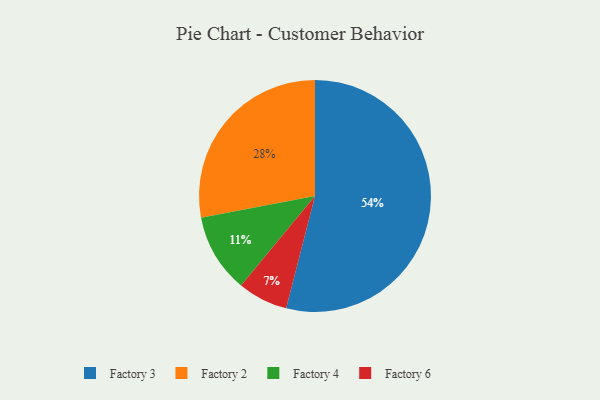
{"axis": {"x": "Category", "y": "Percentage"}, "legend": ["Factory 2", "Factory 3", "Factory 4", "Factory 6"], "data": [{"x": "Factory 6", "y": 7, "type": "Factory 6"}, {"x": "Factory 2", "y": 28, "type": "Factory 2"}, {"x": "Factory 4", "y": 11, "type": "Factory 4"}, {"x": "Factory 3", "y": 54, "type": "Factory 3"}]}